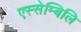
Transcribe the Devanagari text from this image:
एस्सेम्बिलि